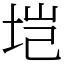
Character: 垲